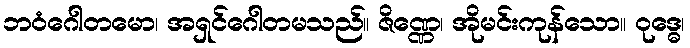
ဘဝံဂေါတမော၊ အရှင်ဂေါတမသည်။ ဇိဏ္ဏေ၊ အိုမင်းကုန်သော။ ဝုဒ္ဓေ၊